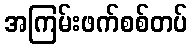
အကြမ်းဖက်စစ်တပ်